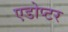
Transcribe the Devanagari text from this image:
एडोप्टर